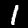
Digit: 1